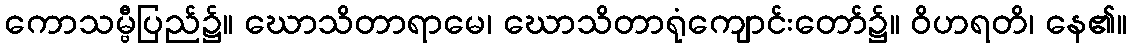
ကောသမ္ဗီပြည်၌။ ဃောသိတာရာမေ၊ ဃောသိတာရုံကျောင်းတော်၌။ ဝိဟရတိ၊ နေ၏။